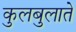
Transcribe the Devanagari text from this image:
कुलबुलाते